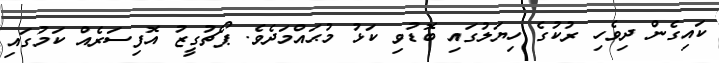
ކައިގެން ދިވެހި ރުކުގެ ހިޔަލުގައި ބޮޑުވި ކަޅު މުޙައްމަދެވެ. ޕޯޗުގީޒު އޮފިސަރެއް ކަމުގައި